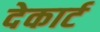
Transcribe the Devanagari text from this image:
देकार्ट